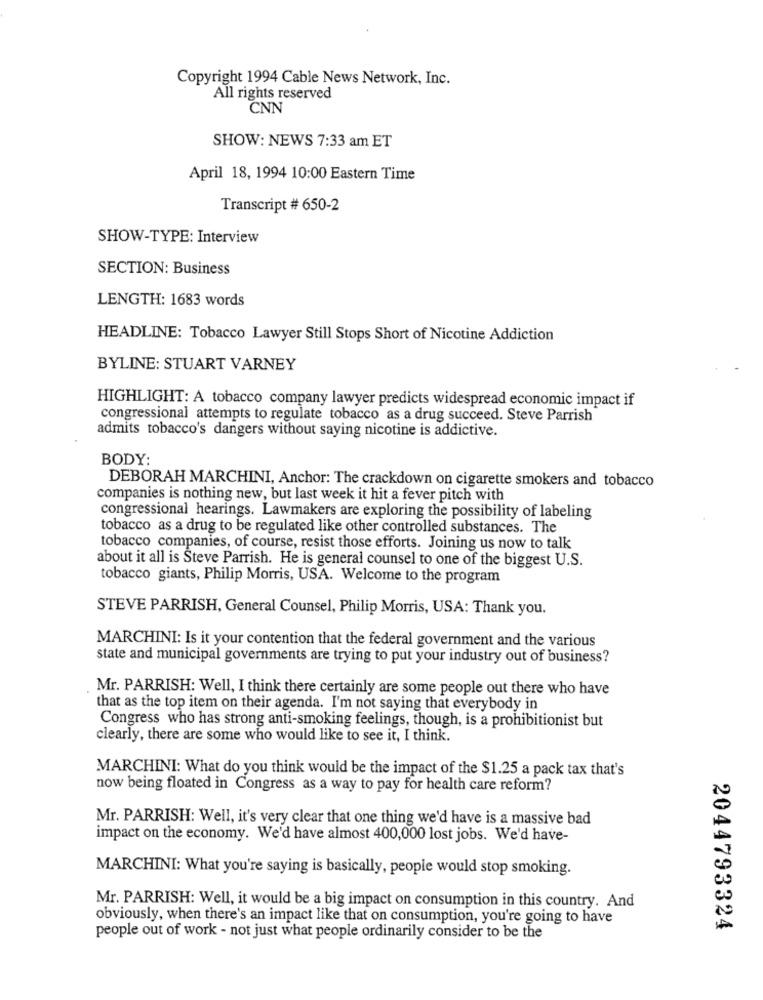
Copyright 1994 Cable News Network, Inc.
All rights reserved
CNN
SHOW: NEWS 7:33 am ET
April 18, 1994 10:00 Eastern Time
Transcript # 650-2
SHOW-TYPE: Interview
SECTION: Business
LENGTH: 1683 words
HEADLINE: Tobacco Lawyer Still Stops Short of Nicotine Addiction
BYLINE: STUART VARNEY
HIGHLIGHT: A tobacco company lawyer predicts widespread economic impact if
congressional attempts to regulate tobacco as a drug succeed. Steve Parrish
admits tobacco's dangers without saying nicotine is addictive.
BODY:
DEBORAH MARCHINI, Anchor: The crackdown on cigarette smokers and tobacco
companies is nothing new, but last week it hit a fever pitch with
congressional hearings. Lawmakers are exploring the possibility of labeling
tobacco as a drug to be regulated like other controlled substances. The
tobacco companies, of course, resist those efforts. Joining us now to talk
about it all is Steve Parrish. He is general counsel to one of the biggest U.S.
tobacco giants, Philip Morris, USA. Welcome to the program
STEVE PARRISH, General Counsel, Philip Morris, USA: Thank you.
MARCHINI: Is it your contention that the federal government and the various
state and municipal governments are trying to put your industry out of business?
Mr. PARRISH: Well, I think there certainly are some people out there who have
that as the top item on their agenda. I'm not saying that everybody in
Congress who has strong anti-smoking feelings, though, is a prohibitionist but
clearly, there are some who would like to see it, I think.
MARCHINI: What do you think would be the impact of the $1.25 a pack tax that's
now being floated in Congress as a way to pay for health care reform?
Mr. PARRISH: Well, it's very clear that one thing we'd have is a massive bad
impact on the economy. We'd have almost 400,000 lost jobs. We'd have-
MARCHINI: What you're saying is basically, people would stop smoking.
Mr. PARRISH: Well, it would be a big impact on consumption in this country. And
obviously, when there's an impact like that on consumption, you're going to have
2044793324
people out of work - not just what people ordinarily consider to be the